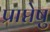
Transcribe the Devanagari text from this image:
प्राप्तेषु